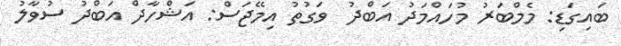
ބައިގަޑި: މެމްބަރު މުހައްމަދު އަބްދު  ވަގުތު އިމޭޖަސް: އަޝްހާދް އަބްދު ސުވާލު